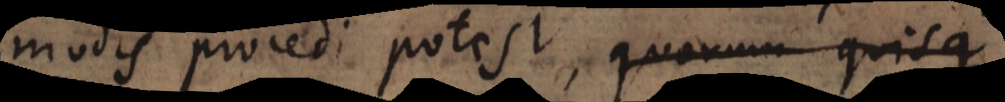
modis procedi potest, quorum quisque